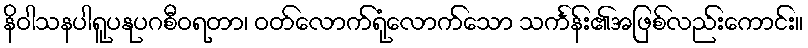
နိဝါသနပါရူပနုပဂစီဝရတာ၊ ဝတ်လောက်ရုံလောက်သော သင်္ကန်း၏အဖြစ်လည်းကောင်း။